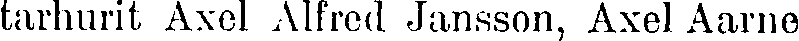
tarhurit Axel Alfred Jansson, Axel Aarne